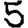
Digit: 5